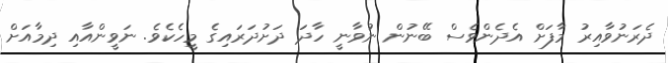
ދެރަނުވާއިރު މާފަށް އެދެންވެސް ބޭނުން ނުވާނީ ހާދަ ދަށުދަރައިގެ މީހެކެވެ. ނަވީންއާއި ދިމާއަށް